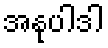
အနုပါဒါ